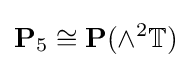
\mathbf {P} _{5}\cong \mathbf {P} (\wedge ^{2}\mathbb {T} )